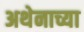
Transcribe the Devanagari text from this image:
अथेनाच्या